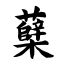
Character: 蘖